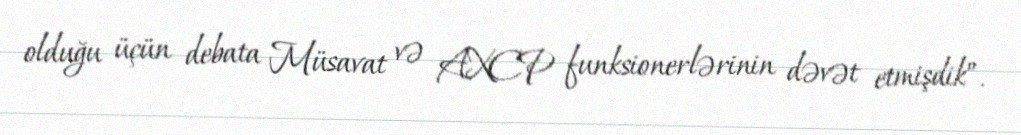
olduğu üçün debata Müsavat və AXCP funksionerlərinin dəvət etmişdik”.